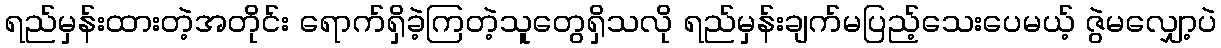
ရည်မှန်းထားတဲ့အတိုင်း ရောက်ရှိခဲ့ကြတဲ့သူတွေရှိသလို ရည်မှန်းချက်မပြည့်သေးပေမယ့် ဇွဲမလျှော့ပဲ